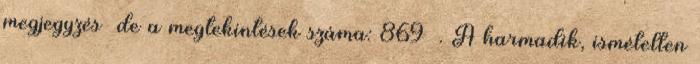
megjegyzés de a megtekintések száma: 869 . A harmadik, ismételten